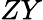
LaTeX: ZY